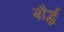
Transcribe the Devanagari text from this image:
बौर्द्ध